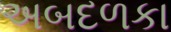
અબદળકા